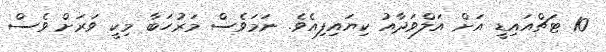
10 ޓަޗްއައިޑީ އަށް އަލްވަދާއު ކިޔައިފިއެވެ. ނަމަވެސް މަރުހަބާ މިކީ ވަރަށް ވެސް